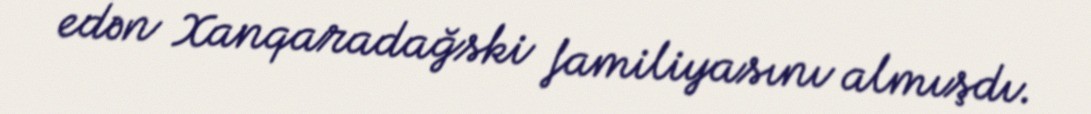
edən Xanqaradağski familiyasını almışdı.